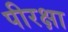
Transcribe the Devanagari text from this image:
पीरक्षा